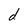
Character: d